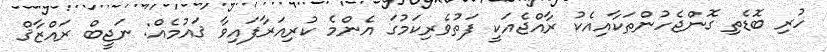
ހުރި ބޮޑެތި ގޮންޖެހުންތަކާއިއެކު ރާއްޖެއަކީ ފަތުުވެރިކަމުގަ އެންމެ ކުރިއަރާފައިވާ ޤައުމެއް: ނަޖީބް ރައްޒާޤް